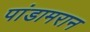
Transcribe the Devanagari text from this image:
पांडामरान